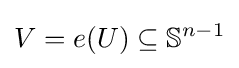
V=e(U)\subseteq \mathbb {S} ^{n-1}